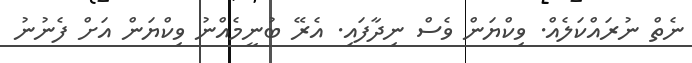
ނެތް ނުރައްކަލެއް. ވިކްޔަން ވެސް ނިދާފައި. އެރޭ ބުނީމެއްނު ވިކްޔަން އަށް ފެނުނު